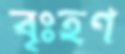
বৃঃহণ